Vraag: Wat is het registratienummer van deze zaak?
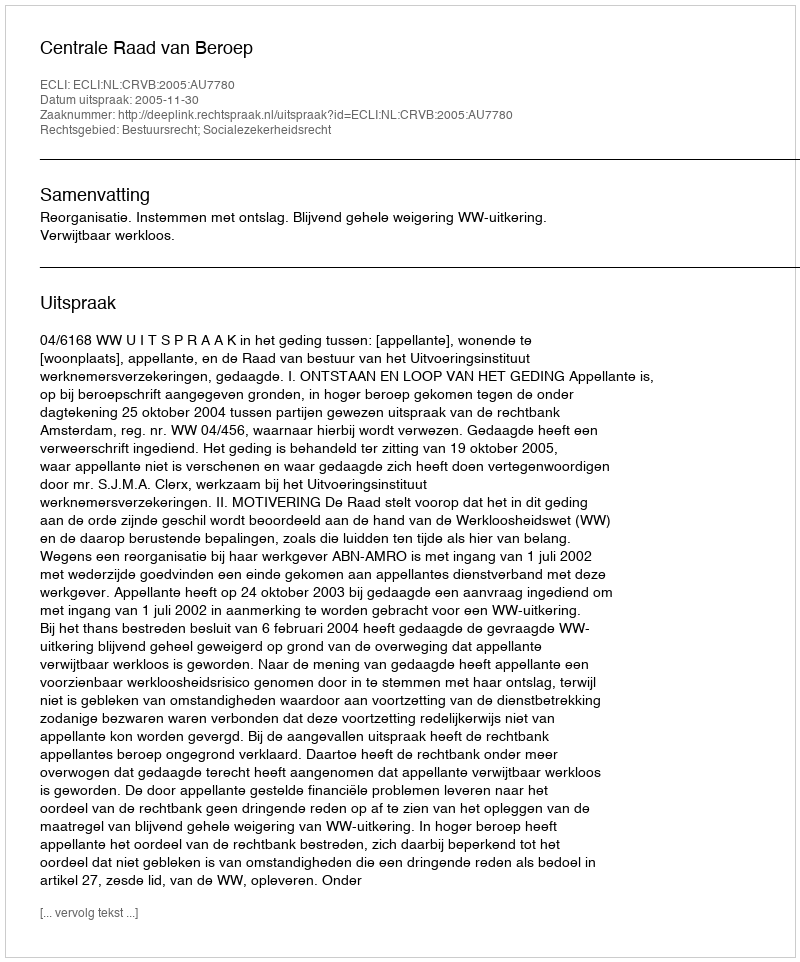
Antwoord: http://deeplink.rechtspraak.nl/uitspraak?id=ECLI:NL:CRVB:2005:AU7780